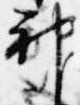
神